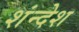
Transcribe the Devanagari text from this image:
शंन्देश